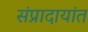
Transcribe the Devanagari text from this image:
संप्रादायांत